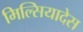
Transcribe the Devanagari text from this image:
मिल्सियादेस